system: You are a helpful assistant.
user:
Analyze the provided spectrum to determine if it is a **M-type Giant (gM)**.

A M-type Giant spectrum is defined by its **strong molecular absorption** features, particularly from **Titanium Oxide (TiO)**. You must check for one of the following mutually exclusive signatures:

- **Key Visual Indicators (Absorption-Dominated Spectrum):**

    - **(Primary):** The spectrum is dominated by strong molecular absorption from **Titanium Oxide (TiO)**. This is the **defining feature** of its M-type temperature class.
        - **(Key Bandheads):** Look for sharp, "saw-tooth" absorption valleys. The strongest are located near **~7050 Å**, **~6160 Å**, and **~5170 Å**.
        - **(Line Profile):** The "saw-tooth" morphology is critical: a **sharp, steep drop on the BLUE (short-wavelength) side** of the bandhead, followed by a gradual recovery (rising flux) towards the RED (long-wavelength) side.

    - **(Key Confirmation - Giant vs. Dwarf):** **ABSENCE** of strong **Calcium Hydride (CaH)** molecular bands. This is the primary diagnostic for *excluding* M-dwarfs.
        - **(Key Region):** The spectrum should lack the strong, broad absorption band seen in dwarfs between **~6800 Å and ~7000 Å**.

    - **(Secondary Confirmation - Giant):** A very strong and broad **Neutral Calcium (Ca I)** atomic absorption line.
        - **(Key Line):** Located at **~4226 Å**. In a giant (gM), this line is significantly deeper and broader than the same line in an M-dwarf (dM) due to low surface gravity.

    - **(Overall Spectrum):**
        - The continuum is **extremely red-sloping** (i.e., flux is very low in the blue and rises dramatically towards the red).
        - The entire spectrum appears "chopped up" by the deep TiO bands.

Think first, call **spectral_visualization_tool** if needed to examine features in detail, then provide your final answer. Your response must adhere to the following strict rules:
1.  **Overall Structure:** Your response must follow the format `<think>...</think> <tool_call>...</tool_call> (if a tool is used) <answer>...</answer>`.
2.  **Tool Usage Constraint:** You may only make **one** tool call per turn.
3.  **Final Answer Format:** In the `<answer>` tag, your conclusion must be inside a `\boxed{}` command (e.g., `\boxed{YES}` or `\boxed{NO}`), followed by your justification.

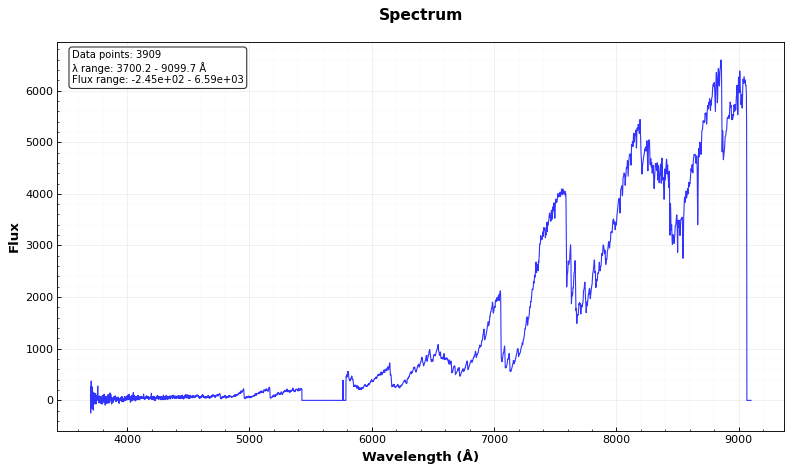
Answer: YES